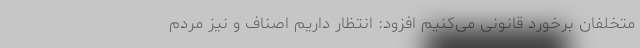
متخلفان برخورد قانونی می‌کنیم افزود: انتظار داریم اصناف و نیز مردم